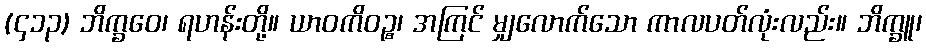
(၄၁၃) ဘိက္ခဝေ၊ ရဟန်းတို့။ ယာဝကိဝဉ္စ၊ အကြင် မျှလောက်သော ကာလပတ်လုံးလည်း။ ဘိက္ခူ၊